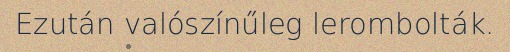
Ezután valószínűleg lerombolták.